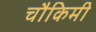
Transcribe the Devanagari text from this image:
चौकिमी